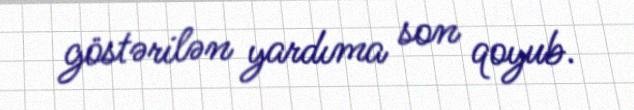
göstərilən yardıma son qoyub.